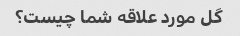
گل مورد علاقه شما چیست؟